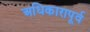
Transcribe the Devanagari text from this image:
अधिकारापूर्व